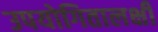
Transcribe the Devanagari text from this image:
उपयोगितालक्षी